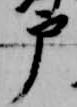
戸